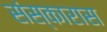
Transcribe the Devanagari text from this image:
संस्कारास